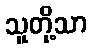
သူတို့သာ